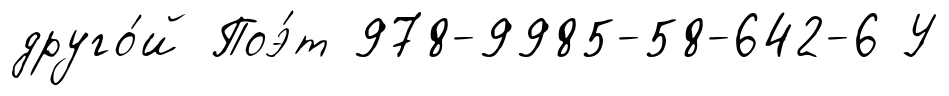
друго́й Поэ́т 978-9985-58-642-6 У